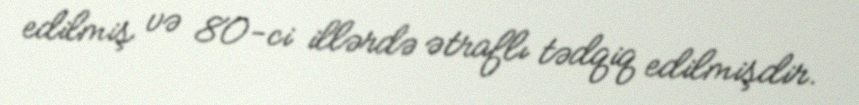
edilmiş və 80-ci illərdə ətraflı tədqiq edilmişdir.